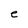
Character: e